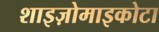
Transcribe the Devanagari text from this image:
शाइज़ोमाइकोटा